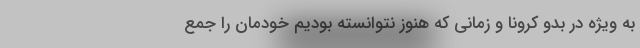
به ویژه در بدو کرونا و زمانی که هنوز نتوانسته بودیم خودمان را جمع